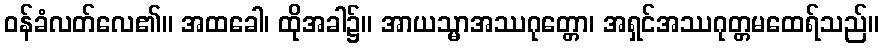
ဝန်ခံလတ်လေ၏။ အထခေါ၊ ထိုအခါ၌။ အာယသ္မာအဿဂုတ္တော၊ အရှင်အဿဂုတ္တမထေရ်သည်။